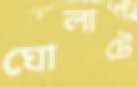
ঘোলাটে